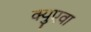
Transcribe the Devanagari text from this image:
क्युएवा